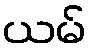
ယမ်